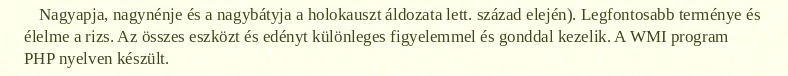
Nagyapja, nagynénje és a nagybátyja a holokauszt áldozata lett. század elején). Legfontosabb terménye és élelme a rizs. Az összes eszközt és edényt különleges figyelemmel és gonddal kezelik. A WMI program PHP nyelven készült.